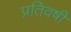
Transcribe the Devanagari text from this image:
प्रतिवषी